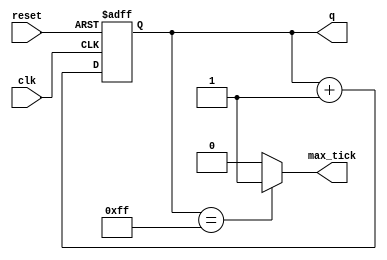
// Listing 4.9
module free_run_bin_counter
   #(parameter N=8)
   (
    input wire clk, reset,
    output wire max_tick,
    output wire [N-1:0] q
   );

   //signal declaration
   reg [N-1:0] r_reg;
   wire [N-1:0] r_next;

   // body
   // register
   always @(posedge clk, posedge reset)
      if (reset)
         r_reg <= 0;  // {N{1b'0}}
      else
         r_reg <= r_next;

   // next-state logic
   assign r_next = r_reg + 1;
   // output logic
   assign q = r_reg;
   assign max_tick = (r_reg==2**N-1) ? 1'b1 : 1'b0;
      //can also use (r_reg=={N{1'b1}})

endmodule